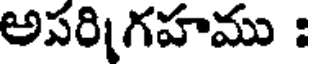
అపరిగహము :